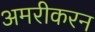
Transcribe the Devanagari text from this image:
अमरीकरन